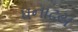
ધનાઢય